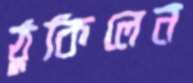
ঠুকিলেন